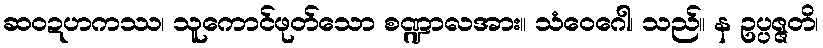
ဆဝဍဟကဿ၊ သူကောင်ဖုတ်သော စဏ္ဍာလအား။ သံဝေဂေါ၊ သည်။ န ဥပ္ပဇ္ဇတိ၊